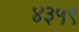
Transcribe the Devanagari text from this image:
४३५९